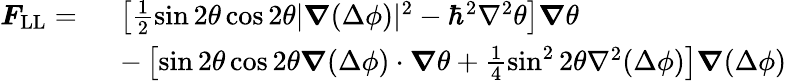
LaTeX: \begin{array}{rl}{\boldsymbol{F}_{\mathrm{LL}}=\ }&{\left[\frac{1}{2}\sin 2\theta\cos 2\theta|\boldsymbol{\nabla}(\Delta\phi)|^{2}-{\hbar}^{2}\nabla^{2}\theta\right]\boldsymbol{\nabla}\theta}\\ &{-\left[\sin 2\theta\cos 2\theta\boldsymbol{\nabla}(\Delta\phi)\cdot\boldsymbol{\nabla}\theta+\frac 14\sin^{2}2\theta\nabla^{2}(\Delta\phi)\right]\boldsymbol{\nabla}(\Delta\phi)}\end{array}